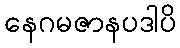
နေဂမဇာနပဒါပိ